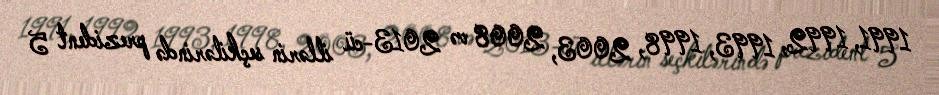
1991, 1992, 1993, 1998, 2003, 2008 və 2013-cü illərin seçkilərində prezident 5